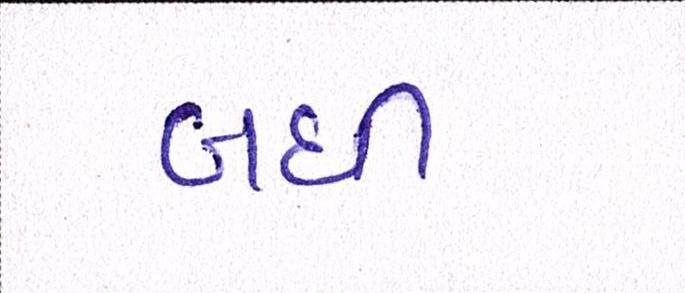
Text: બધી